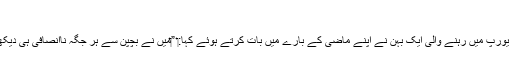
‏
جنوبی یورپ میں رہنے والی ایک بہن نے اپنے ماضی کے بارے میں بات کرتے ہوئے کہا:‏ ”‏مَیں نے بچپن سے ہر جگہ نااِنصافی ہی دیکھی تھی۔